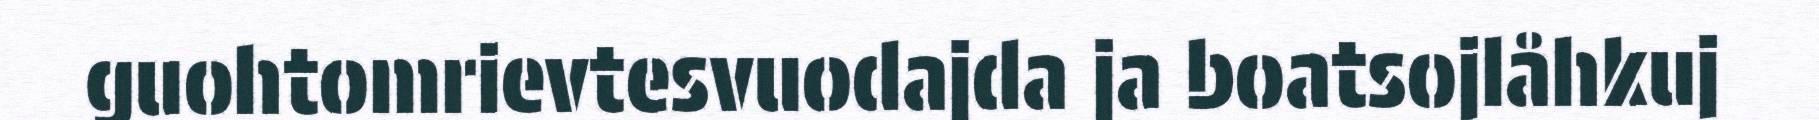
guohtomrievtesvuodajda ja boatsojlåhkuj